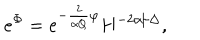
LaTeX: e ^ { \Phi } = e ^ { - \frac { 2 } { \alpha Q } \varphi } H ^ { - 2 \alpha / \Delta } ,